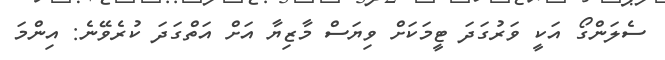
ސެލަންގޯ އަކީ ވަރުގަދަ ޓީމަކަށް ވިޔަސް މާޒިޔާ އަށް އަތްގަދަ ކުރެވޭނެ: އިންމަ